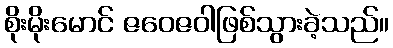
စိုးမိုးမောင် ဇဝေဇဝါဖြစ်သွားခဲ့သည်။